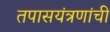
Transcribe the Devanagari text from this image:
तपासयंत्रणांची